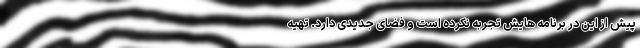
پیش از این در برنامه هایش تجربه نکرده است و فضای جدیدی دارد. تهیه